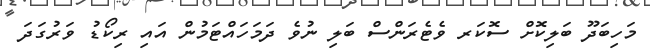
މަހިބަދޫ ބަލިކޮށް ސޮކަރ ވެޓެރަންސް ބަލި ނުވެ ދަމަހައްޓަމުން އައި ރިކޯޑު ވަރުގަދަ